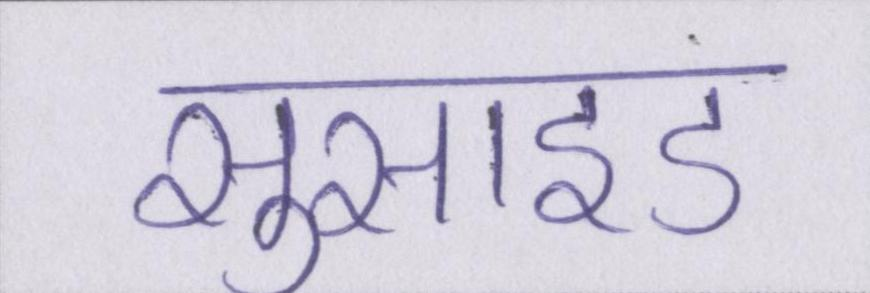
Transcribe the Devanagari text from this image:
सुसाइड